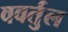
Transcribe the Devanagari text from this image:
ववर्तुल